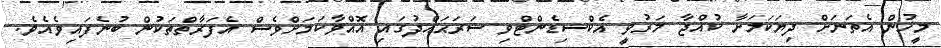
މީހުން އެތަނަށް ދިޔަކަމަށާ ކުއްޖާ މަރުވީ އެކްސިޑެންޓްވި ސަރަޙައްދުގައި އޮއްވާކަމަށްވެސް އެފަރާތްތަކުން ބުނެފައިވެއެވެ.